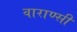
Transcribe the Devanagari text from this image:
वाराण्सी